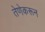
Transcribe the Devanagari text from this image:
तेणेकरून